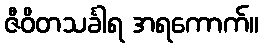
ဇီဝိတသင်္ခါရ အရကောက်။